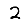
Digit: 2